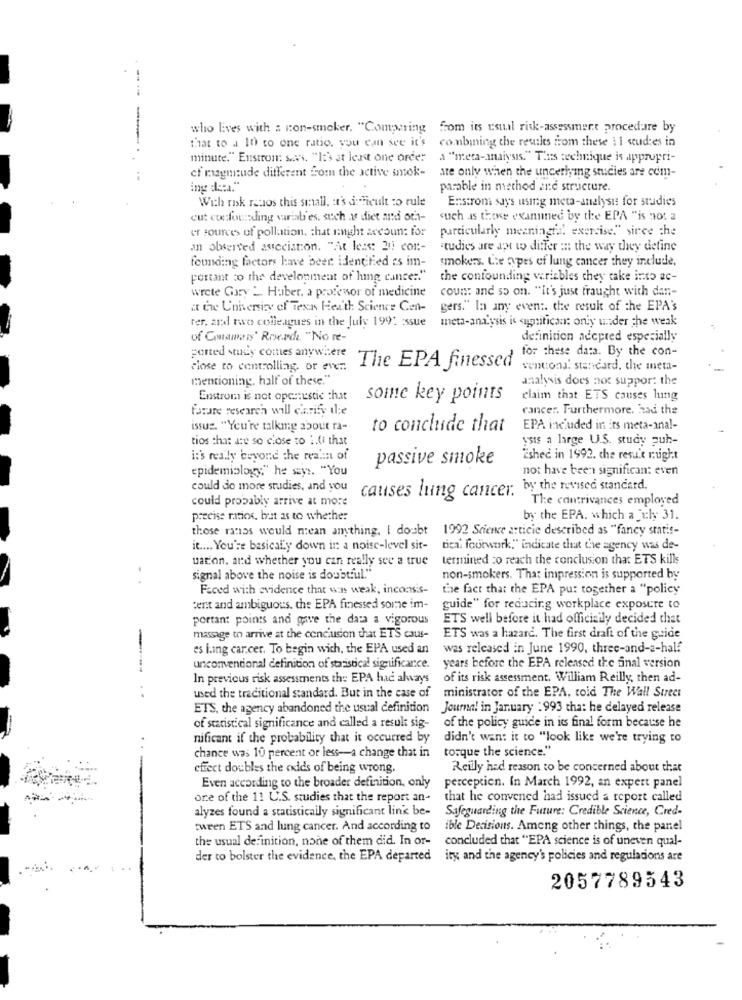
who lives with a non-smoker. "Comparing from its usual risk-assessment procedure by
that to a 10 to one ratio. you can see it's combining the reuiles from these Il sud:es in
minute." Enstron: sass. "It's at least one order a "meta-analysis." T'as technique is appropri-
cf magmaude different from the active smok- are only when the underlying studies are com-
ing de:a."
parable in method and structure.
With rok ratos this small, et's delicult to rule
Enstroni says using meta-analysis for studies
cut confounding variat'es, such a diet and out-
such as thee examined by the EPA "is not a
er sources of pollution, that nnght accoun: for
particularly meaningta! exercise." since the
an observed association. "At less: 21 con-
studies are apt to differ in the way they define
founding factors have beer identified as im-
smokers. Lte types of lung cancer they include,
portant to the development of hing cancer."
the confounding variables they take into ac-
wrete Gary 2. Haber, a professor of medicine
count and so on. "It's just fraught with dan-
a the University of Texas Heath Science Cen-
gers." la any even :. the result of the EPA's
ter, and two colleagues in the July 199: ssue
meta-analysis is «umtitican: only under the weak
of Consmars' Rrwerde "No re-
definition adepred especially
for these data. By the con-
ported study comes anywhere
close to controlling, or ever.
The EPA finessed
ventiona. standard, the meta-
mentioning. half of these."
analysis does not support the
Enstrom is not openrustic that
some key points
claim that ETS causes lung
Forare research will ciarify ile
rancer. Furthermore, had the
issus. "You're talking about ra-
to conclude that
EPA included in its meta-anal-
tios that ate so close to 2.(i that
ysis a large U.S. study puh-
it's really beyond the realm of
passive smoke
Eshec in 1992. che resu'e right
epidemiology," he says. "You
not have been significant even
could do more studies, and you
causes lung cancer. by the revised standard,
could probably arrive at more
The contrivances employed
precise ratios, but as to whether
by the EPA. which a July 31.
those ranss would mean anything. I doubt 1992 Science article described as "fancy statis-
it .... You're basically down in a noise-level sit-
tica. fourwork," indicate that the agency was de-
uation, and whether you can really see a true
termined co reach the conclusion that ETS kills
. .
signal above the noise is doubtful."
non-smokers. Tha: impression is supported by
Faced with evidence that was weak, inconsis-
the fact that the EPA put together a "policy
tent and ambiguous, che EPA finessed somme im-
guide" for reducing workplace exposure to
portant points and gave the data a vigorous
ETS well before it had officizily decided that
massage to arrive at the conclusion that ETS caus-
ETS was a hazard. The first draft of the guide
es ling car.cer. To begin with, the EPA used an
was released in June 1990, three-and-a-half
unconventional definition of statistical significance.
years before the EPA released the final version
In previous risk assessments the EPA had always
of its risk assessment. William Reilly, then ad-
used the traditional standard. But in the case of
ministrator of the EPA, cold The Wall Street
ETS, the agency abandoned the usual definition
Journal in January : 993 that he delayed release
of statistical significance and called a result sig-
of the policy guide in its final form because he
nificant if the probability that it occurred by
didn't want it to "look like we're trying to
torque the science."
chance was 10 percent or less -- a change that in
effect doubles the odds of being wrong.
Reilly had reason to be concerned about that
Even according to the broader definition, only
perception. In March 1992, an expert panel
one of the 11 U.S. studies that the report an-
that he convened had issued a report called
alyzes found a statistically significant link be-
Safeguarding the Future: Credible Science, Cred-
tween ETS and lung cancer. And according to
ible Decisions. Among other things, the panel
the usual definition, none of them did. In or-
concluded that "EPA science is of uneven qual-
der to bolster the evidence, the EPA departed
ity and the agency's policies and regulations are
2057789543